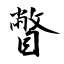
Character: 瞥